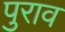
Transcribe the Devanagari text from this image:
पुराव